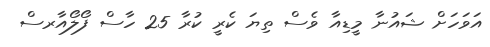
އަވަހަށް ޝައުނާ މީޑިއާ ވެސް ތިޔަ ކެރީ ކުރާ 25 ހާސް ފޯލޯއާރސް